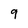
Character: 9